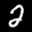
Label: 2